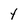
Character: 4